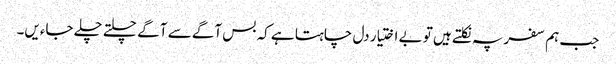
جب ہم سفر پہ نکلتے ہیں تو بے اختیار دل چاہتا ہے کہ بس آگے سے آگے چلتے چلے جاءیں۔